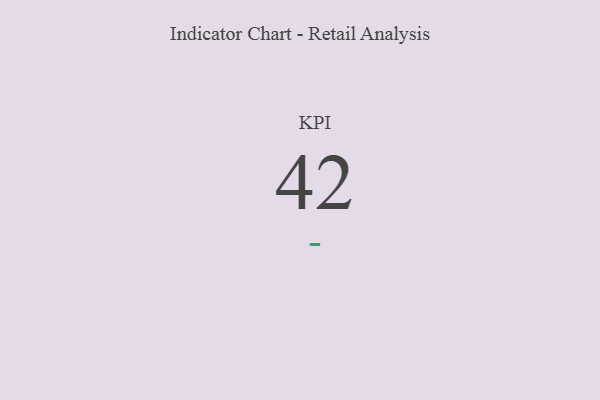
{"axis": {"x": "KPI", "y": "Value"}, "legend": [""], "data": [{"x": "KPI", "y": 42, "type": ""}]}